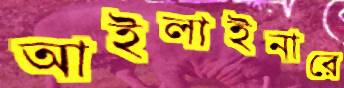
আইলাইনারে